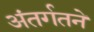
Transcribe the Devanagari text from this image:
अंतर्गतने